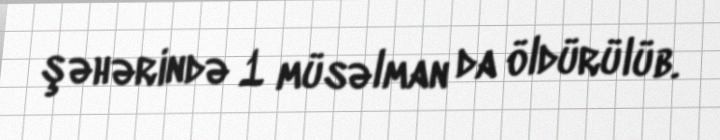
şəhərində 1 müsəlman da öldürülüb.